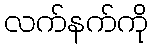
လက်နက်ကို